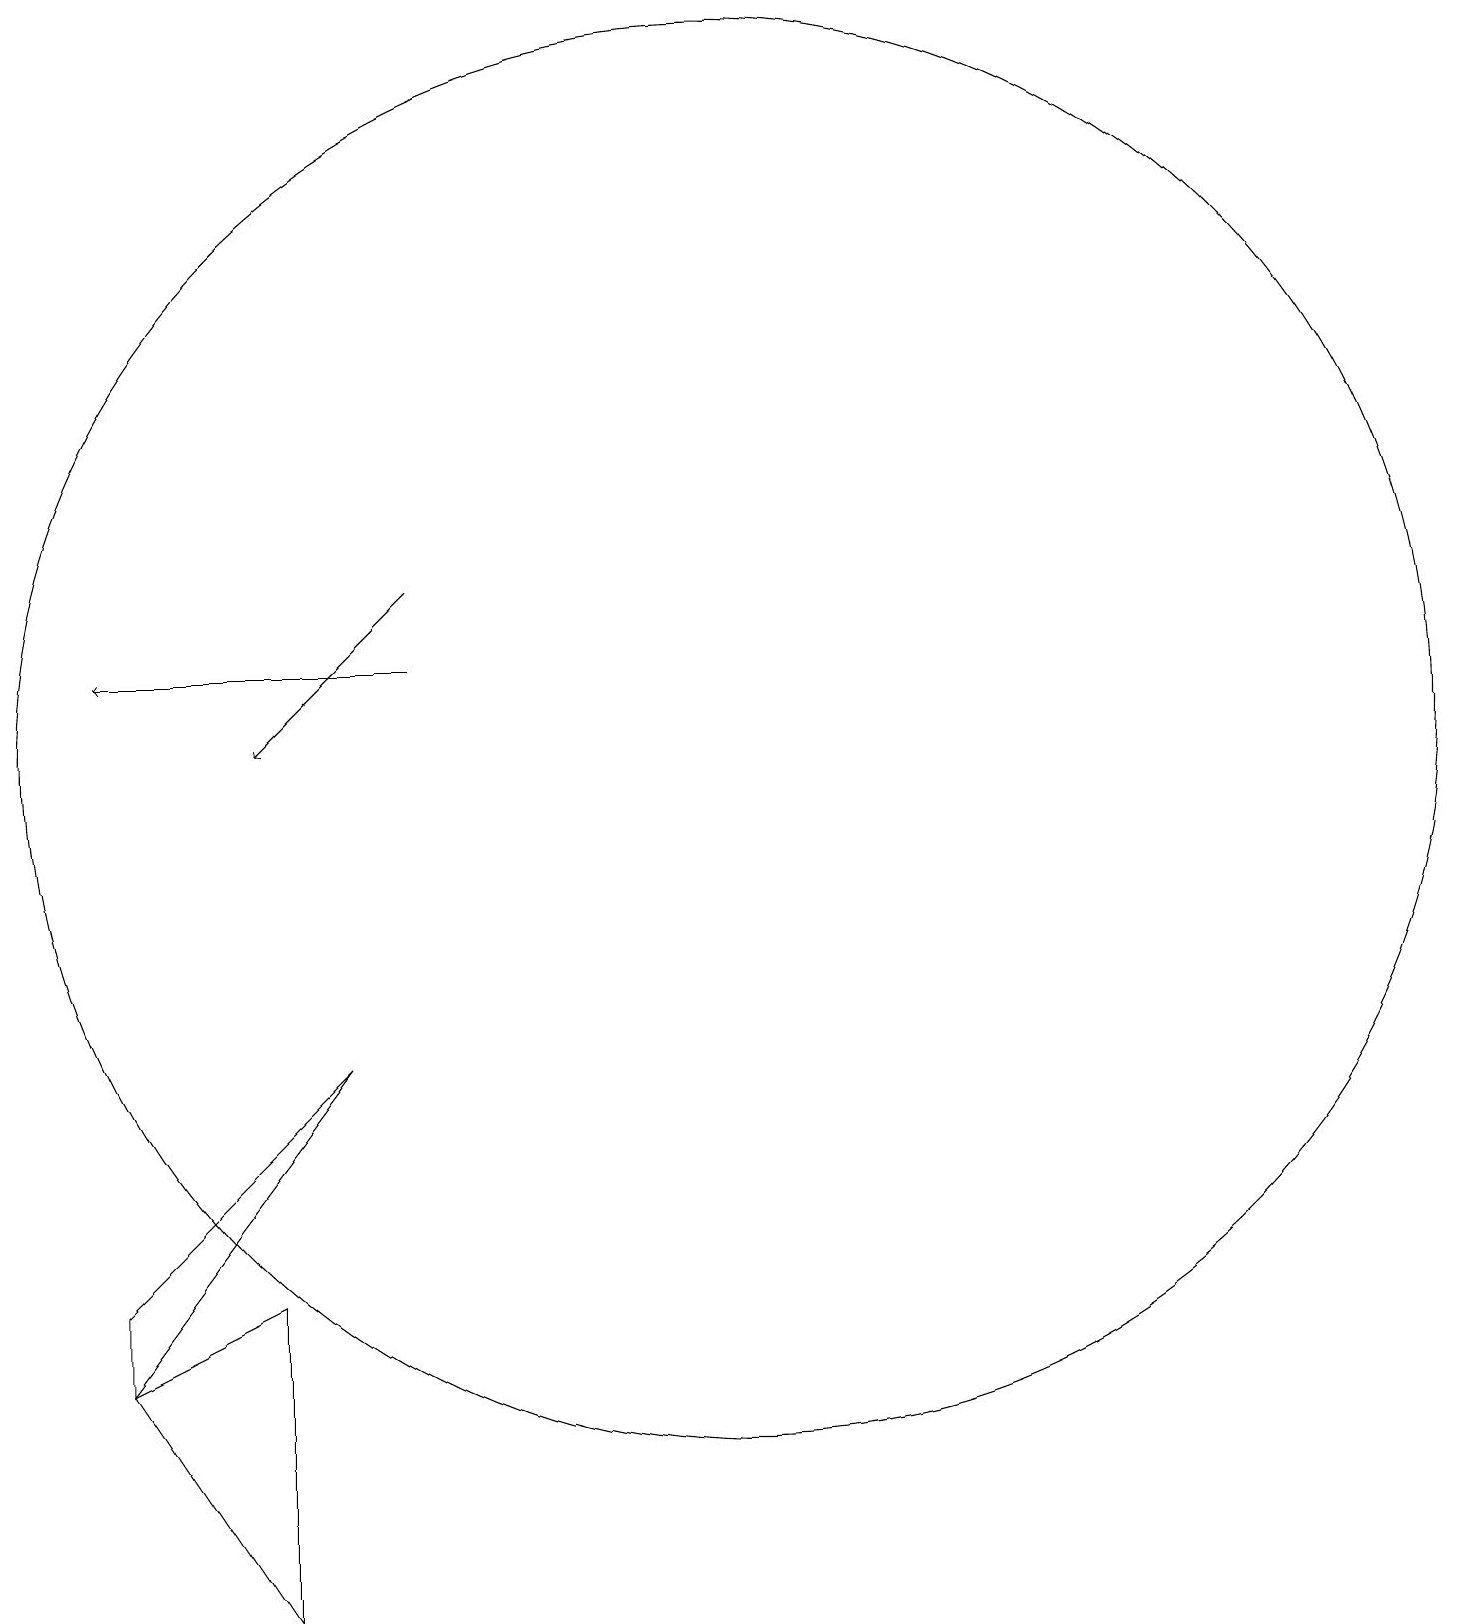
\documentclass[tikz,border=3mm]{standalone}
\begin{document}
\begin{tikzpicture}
\draw (10,11) circle (0);
\draw (2,4) -- (2,5) -- (5,8) -- cycle;
\draw[->] (6,13) -- (2,13);
\draw (10,12) circle (9);
\draw[->] (6,14) -- (4,12);
\draw (2,4) -- (4,1) -- (4,5) -- cycle;
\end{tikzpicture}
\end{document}